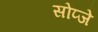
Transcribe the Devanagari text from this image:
सोप्जे